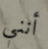
أنني